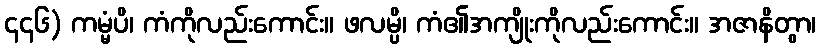
၄၄၆) ကမ္မံပိ၊ ကံကိုလည်းကောင်း။ ဖလမ္ပိ၊ ကံ၏အကျိုးကိုလည်းကောင်း။ အဇာနိတွာ၊